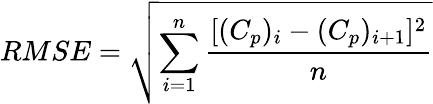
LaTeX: RMSE=\sqrt{\sum_{i=1}^{n}\frac{[(C_{p})_{i}-(C_{p})_{i+1}]^{2}}{n}}